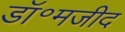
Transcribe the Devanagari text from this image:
डॉ॰मजीद